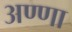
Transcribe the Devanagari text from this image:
अण्‍णा